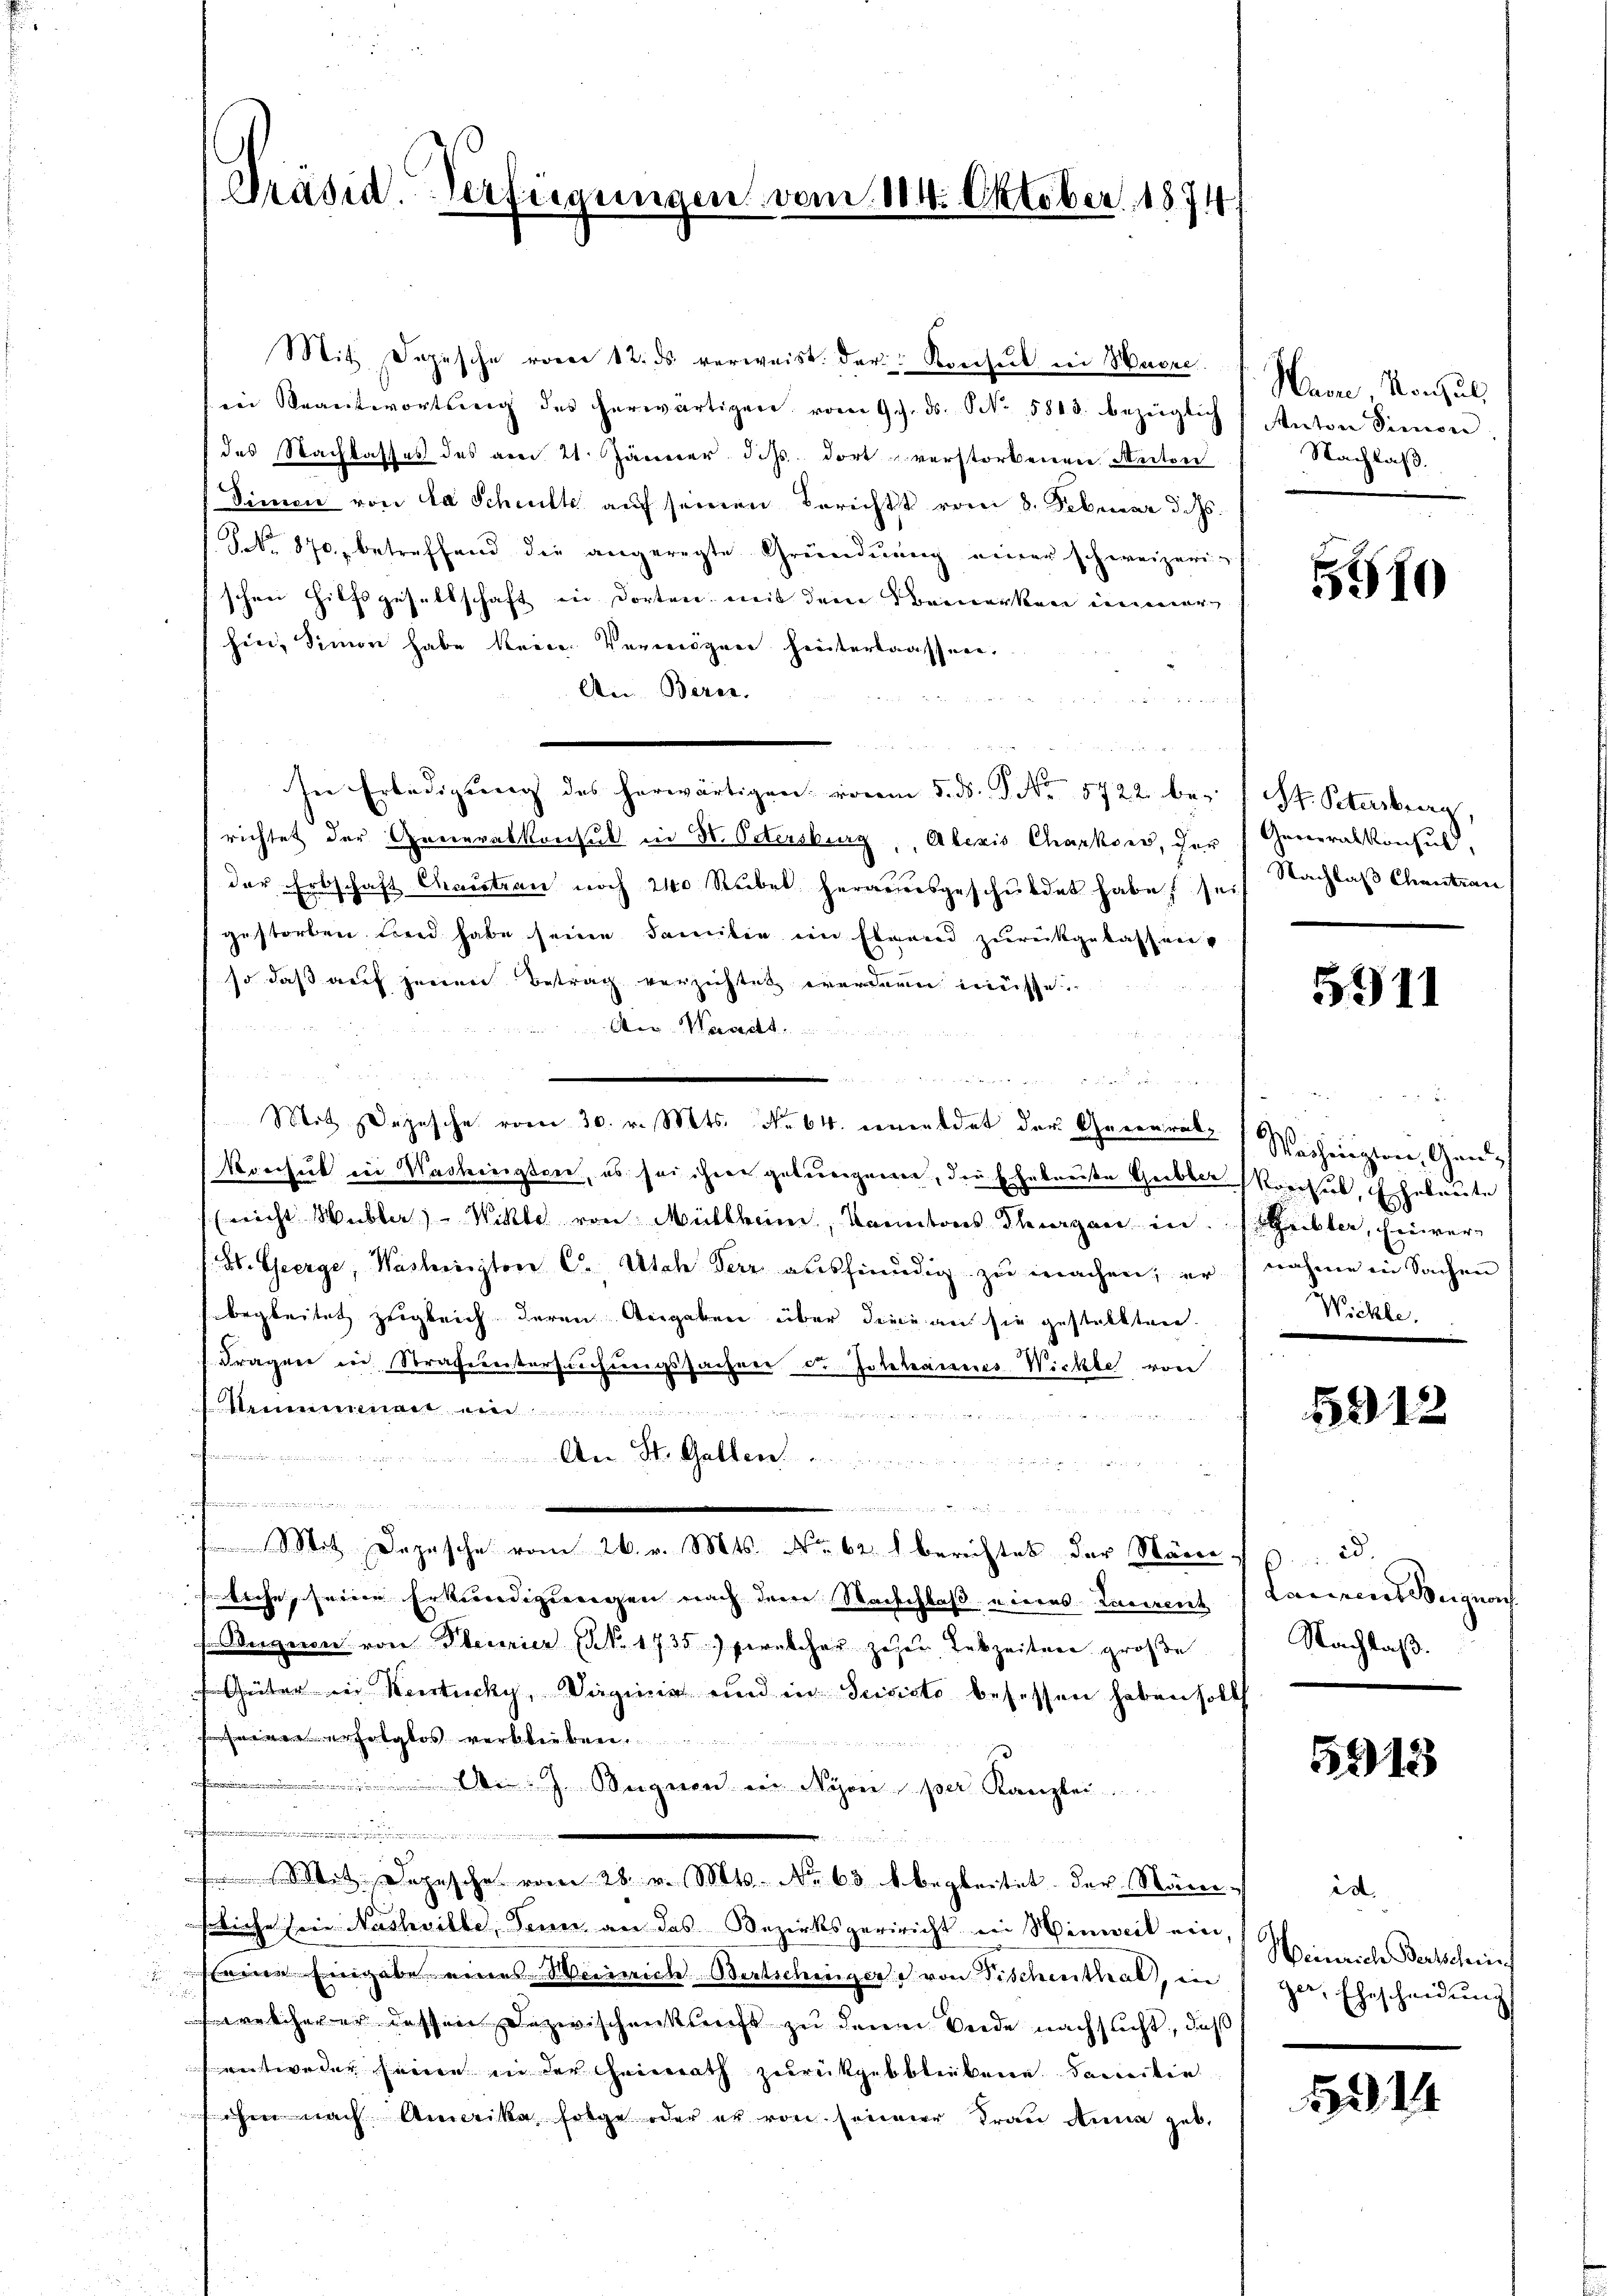
Präsid. Verfügungen vom 114. Oktober 1874

Mit Depesche vom 30. v. Mts. No 64. cruendet der General-

Mit Depesche vom 12. ds verweist. Der Konsul in Havre
in Beantwortung des herwärtigere vom 9. ds. No. 5813. bezüglich
das Nachlasses des am 21. Jänner dass dort verstorbenen Auton
Dimen von da Schritt auf seinen Berichtt vom 8. Februar d. Ms.
No. 870 betreffend die angeregte Gründŭng einer schweizerig
schen Hilfsgesellschaft in dorten mit dem Bemerken immer
hin, Simon habe keine Vermögen hinterlassen.
An Berei.
u
4
In Erledigung des herwärtigen vom 5. ds. S. Nr. 5722. be-
richtet der Generalkonsul in H. Östersburg, Alexis Charkons, der
der Erbschaft Chaistran noch 240 Rübel herandesgeschuldet habe seit
gestorben und habe seine Familie ein Ehrend zurückgelassen u
so dass auf jenen Betrag verzichtet wordern müsse.
Aera

Konsul in Washingten, es sei ihrer gelungenen, die Ehebreise Gerbber Konsul, Eheleute
Erricht Mubler) - Witte von Müllheim, Kantons Thurgau in
H. Geerge, Washington C. Utah Herz aushinädig zu machen; er
begleitet zugleich deren Angaben über dene an sie gestellten.
dragen in Straferntersuchungsfachere dr. Johannes Wickte von

.. ..  ..  ..
e

Mit Depesche vom 26. v. Mts. No. 62. 8. berichtes der Stäm-id.
liche, seine Erkundigungen nach der Waschlaß eines Lagerent
Segen von Steurier (NNo. 1735) fernelcher zehen Lebzeiten große
Güter in Kentucky, Vaginie und in Puncto besessen haben sollt
wer erfolglos verbleiben
u
D. J. Segnen in Nyon, per Kanzlei
.
e
Mot. Depesche vom 28. v. Mts. No 63 begleitet der Stän-
sliche sein Nashville, denn, an das Bezirksgeriricht in Hinweil ein,
seine Eingabe eines Weinrich Bertschingere von Fischenthal, in
welcherer dessen Dazwischenklicht zu den Beide nachsucht, daß
entweder seien in der Heirath zurückgebblickene Damitie
 nach Amerika folge oder er von seiner Frau Anna geb.

Name Vorzul
Anton Simon
Nachlaß.

5510

St. Petersburg,
Generalkonsul,
Nachlaß Chantran

5911

6)
Wachenzion, Gan¬
Grebter, Einver
nahme in Sachen
Wichle

5912

Lannes Signach
Nachlaß.

5913

ed
Weinriche Bertschein
zu. Ehescheidung

Bd. 14